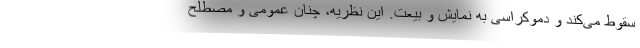
سقوط می‌کند و دموکراسی به نمایش و بیعت. این نظریه، چنان عمومی و مصطلح